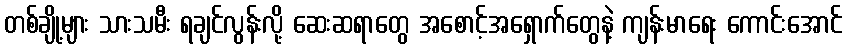
တစ်ချို့များ သားသမီး ရချင်လွန်းလို့ ဆေးဆရာတွေ အစောင့်အရှောက်တွေနဲ့ ကျန်းမာရေး ကောင်းအောင်